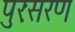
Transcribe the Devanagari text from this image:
पुरःसरण